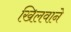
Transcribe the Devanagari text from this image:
खिलवाने